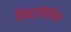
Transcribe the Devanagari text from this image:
मिक्रोप्सिक